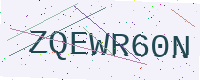
Text: ZQEWR60N